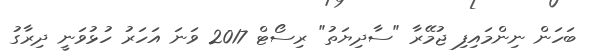
ބަހަން ނިންމައިފި ޖުމޭރާ "ސާދިޔަތު" ރިސޯޓް 2017 ވަނަ އަހަރު ހުޅުވަނީ ދިރާގު